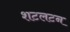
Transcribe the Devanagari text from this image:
शटलटन